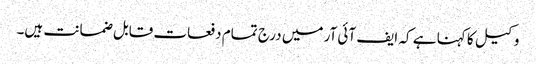
وکیل کا کہنا ہے کہ ایف آئی آر میں درج تمام دفعات قابل ضمانت ہیں۔